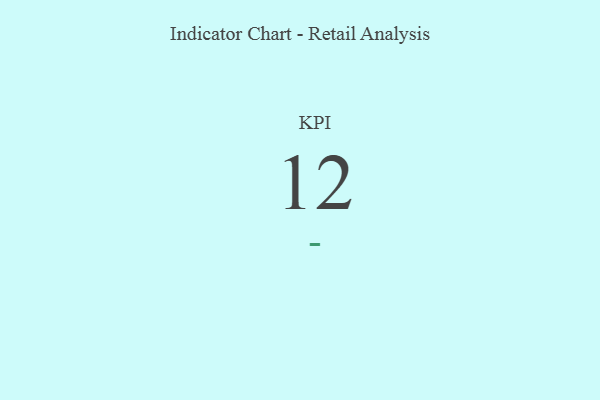
{"axis": {"x": "KPI", "y": "Value"}, "legend": [""], "data": [{"x": "KPI", "y": 12, "type": ""}]}